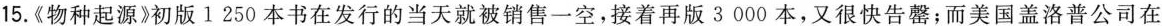
15.《物种起源》初版1250本书在发行的当天就被销售一空，接着再版3000本，又很快告罄；而美国盖洛普公司在